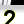
Digit: 2